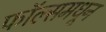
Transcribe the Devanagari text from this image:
फॉल्समधून